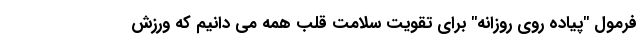
فرمول "پیاده روی روزانه" برای تقویت سلامت قلب همه می دانیم که ورزش